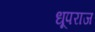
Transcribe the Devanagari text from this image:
धूपराज